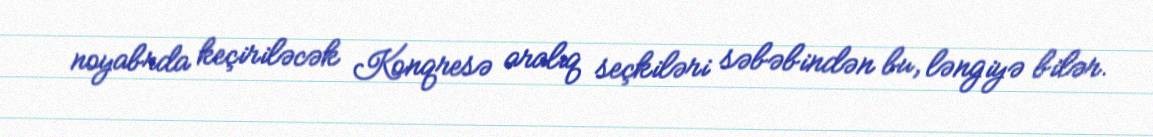
noyabrda keçiriləcək Konqresə aralıq seçkiləri səbəbindən bu, ləngiyə bilər.